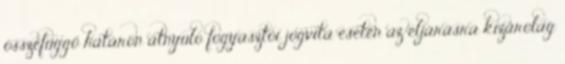
összefüggő határon átnyúló fogyasztói jogvita esetén az eljárásra kizárólag